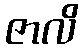
ဇာလိ